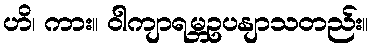
ဟိ၊ ကား။ ဝါကျာရမ္ဘဥပနျာသတည်း။